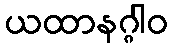
ယထာနဂ္ဂါဝ